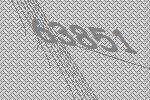
63851